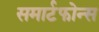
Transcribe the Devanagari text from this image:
समार्टफोन्स